Annual report of the Madras Medical College
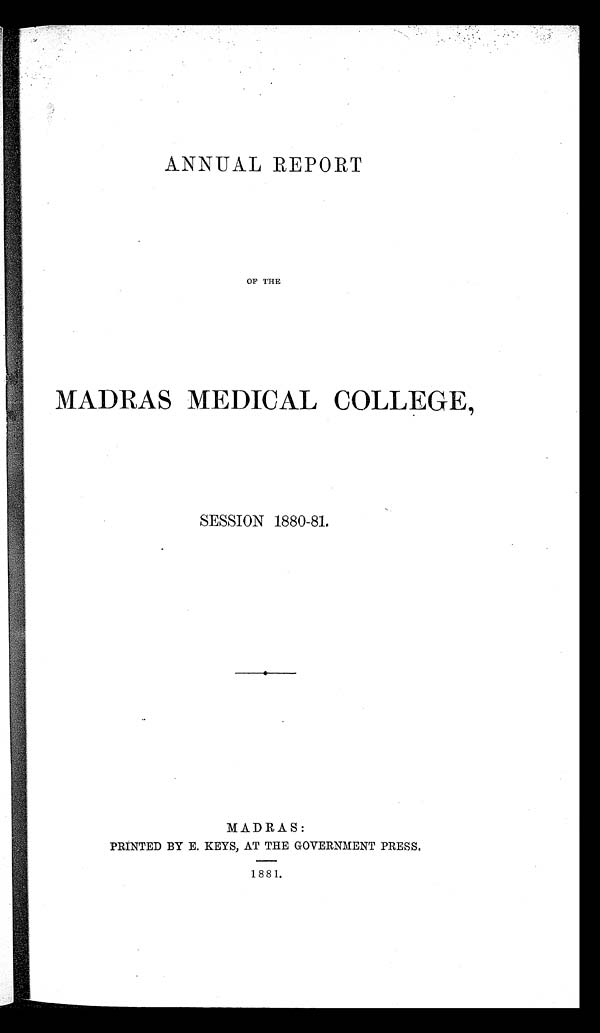
ANNUAL REPORT
OF THE
MADRAS MEDICAL COLLEGE,
SESSION 1880-81.
MADRAS:
PRINTED BY E. KEYS, AT THE GOVERNMENT PRESS,
1881.